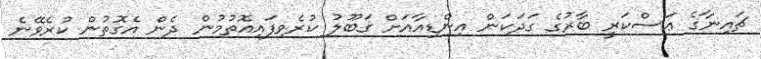
ޗައިނާގެ ޢަސްކަރީ ބާރުގެ ގަދަކަން އިންޑިއާއަށް ގަބޫލު ކުރެވިފައިއޮތުމުން ދެން އެގޮތުން ކުރެވޭނެ